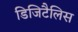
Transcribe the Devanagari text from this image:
डिजिटैलिस